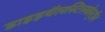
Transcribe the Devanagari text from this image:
डाइइथैलस्टिलबेस्ट्रॉल